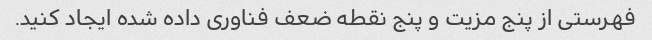
فهرستی از پنج مزیت و پنج نقطه ضعف فناوری داده شده ایجاد کنید.